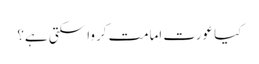
کیا عورت اِمامت کروا سکتی ہے؟